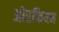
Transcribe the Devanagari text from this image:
ओरफियम